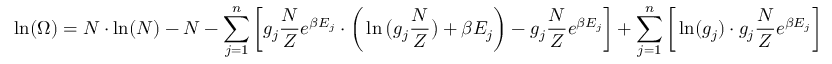
\ln ( \Omega ) = N \cdot \ln ( N ) - N - \sum _ { j = 1 } ^ { n } \bigg [ g _ { j } \frac { N } { Z } e ^ { \beta E _ { j } } \cdot \bigg ( \ln \big ( g _ { j } \frac { N } { Z } \big ) + \beta E _ { j } \bigg ) - g _ { j } \frac { N } { Z } e ^ { \beta E _ { j } } \bigg ] + \sum _ { j = 1 } ^ { n } \bigg [ \ln ( g _ { j } ) \cdot g _ { j } \frac { N } { Z } e ^ { \beta E _ { j } } \bigg ]